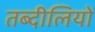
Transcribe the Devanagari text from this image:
तब्दीलियों